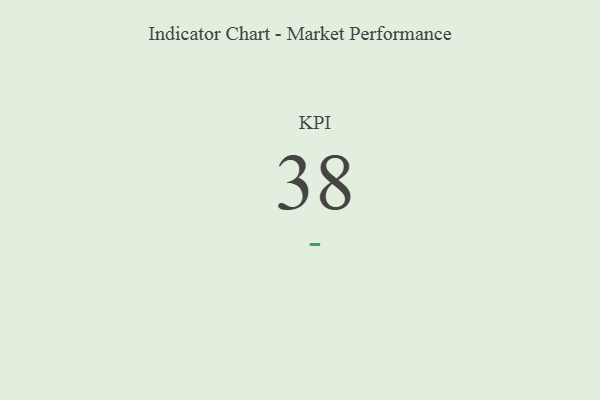
{"axis": {"x": "KPI", "y": "Value"}, "legend": [""], "data": [{"x": "KPI", "y": 38, "type": ""}]}